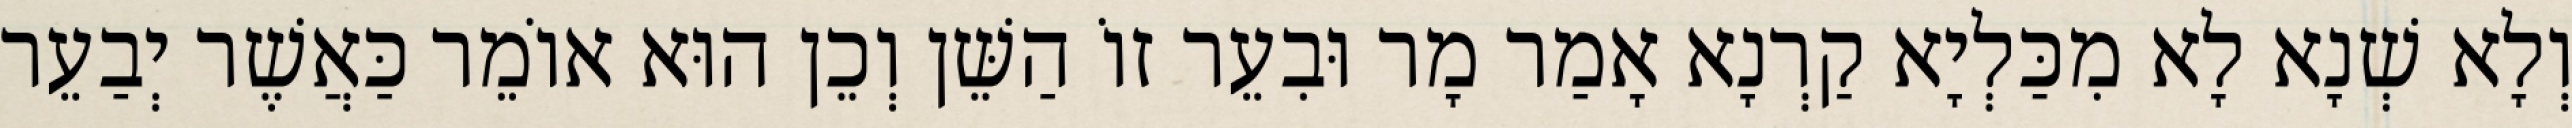
וְלָא שְׁנָא לָא מִכַּלְיָא קַרְנָא אָמַר מָר וּבִעֵר זוֹ הַשֵּׁן וְכֵן הוּא אוֹמֵר כַּאֲשֶׁר יְבַעֵר